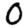
Digit: 0